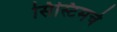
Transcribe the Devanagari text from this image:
सिस्टिमचे